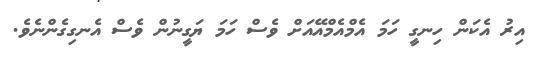
އިރު އެކަން ހިނގީ ހަމަ އެމްއެމްއޭއަށް ވެސް ހަމަ ޔަގީނުން ވެސް އެނގިގެންނެވެ.